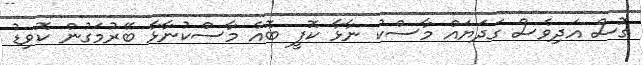
ގޮސް އަދިވެސް ގަދަޔައް މާސްކު ނާޅާ ކޮފީ ބޮއެ މާސްކުނާޅާ ބޭރުމަގުން ކޮވިޑު